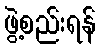
ဖွဲ့စည်းရန်